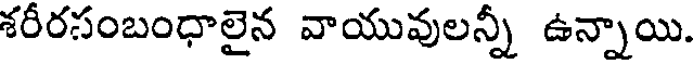
శరీరసంబంధాలైన వాయువులన్నీ ఉన్నాయి.